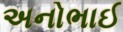
અનોભાઈ